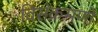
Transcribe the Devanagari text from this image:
विसंक्रमणों